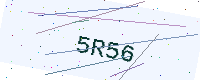
Text: 5R56